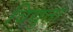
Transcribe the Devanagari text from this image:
विद्युता